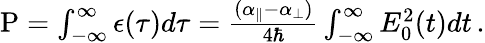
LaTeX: \begin{array}{r}{\mathrm{P}=\int_{-\infty}^{\infty}\epsilon(\tau)d\tau=\frac{(\alpha_{\parallel}-\alpha_{\perp})}{4\hbar}\int_{-\infty}^{\infty}E_{0}^{2}(t)dt\, .}\end{array}